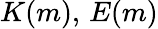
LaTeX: K(m),\, E(m)